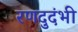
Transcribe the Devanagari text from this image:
रणदुदंभी